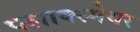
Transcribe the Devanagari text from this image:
फ्लाक्स्मेयर